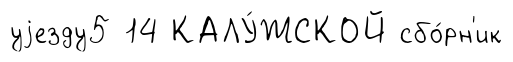
уjезду5 14 КАЛУ́ЖСКОЙ сбо́рн'ик